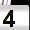
Digit: 4